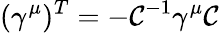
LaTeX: (\gamma^{\mu})^{T}=-\mathcal{C}^{-1}\gamma^{\mu}\mathcal{C}